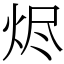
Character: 烬